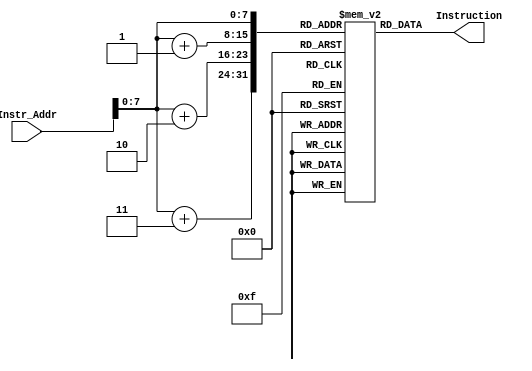
`timescale 1ns / 1ps

module Instruction_Memory(
    input [63:0] Instr_Addr,
    output reg [31:0]Instruction
    );
    reg [7:0] memory[179:0];
    initial
    begin
// BUBBLE SORT
        memory[0] = 8'b00010011;
        memory[1] = 8'b00000101;
        memory[2] = 8'b00000000;
        memory[3] = 8'b00000000; // addi x10 x0 0
        memory[4] = 8'b10010011;
        memory[5] = 8'b00000101;
        memory[6] = 8'b10000000;
        memory[7] = 8'b00000000; // addi x11 x0 8
        memory[8] = 8'b10010011;
        memory[9] = 8'b00001001;
        memory[10] = 8'b00000000;
        memory[11] = 8'b00000000; // addi x19 x0 0
        memory[12] = 8'b10010011;
        memory[13] = 8'b10001010;
        memory[14] = 8'b11110101;
        memory[15] = 8'b11111111; // addi x21 x11 -1
        memory[16] = 8'b00010011; 
        memory[17] = 8'b00001010;
        memory[18] = 8'b00000000;
        memory[19] = 8'b00000000; // addi x20 x0 0 
        memory[20] = 8'b00010011;
        memory[21] = 8'b00000001;
        memory[22] = 8'b10000001;
        memory[23] = 8'b11111110; // addi x2 x2 -24
        memory[24] = 8'b00100011;
        memory[25] = 8'b00111000;
        memory[26] = 8'b00100001;
        memory[27] = 8'b00000001; // sd x18 16(x2)
        memory[28] = 8'b00100011;
        memory[29] = 8'b00110100;
        memory[30] = 8'b10010001;
        memory[31] = 8'b00000000; // sd x9 8(x2)
        memory[32] = 8'b00100011;
        memory[33] = 8'b00110000;
        memory[34] = 8'b10000001;
        memory[35] = 8'b00000000; // sd x8 0(x2)
        memory[36] = 8'b00010011;
        memory[37] = 8'b00010100;
        memory[38] = 8'b00111010;
        memory[39] = 8'b00000000; // slli x8 x20 3
        memory[40] = 8'b00110011;
        memory[41] = 8'b00000100;
        memory[42] = 8'b10100100;
        memory[43] = 8'b00000000; // add x8 x8 x10 
        memory[44] = 8'b10000011;
        memory[45] = 8'b00110100;
        memory[46] = 8'b00000100;
        memory[47] = 8'b00000000; // ld x9 0(x8)
        memory[48] = 8'b00000011;
        memory[49] = 8'b00111001;
        memory[50] = 8'b10000100;
        memory[51] = 8'b00000000; // ld x18 8(x8)
        memory[52] = 8'b01100011;
        memory[53] = 8'b11000110;
        memory[54] = 8'b00100100;
        memory[55] = 8'b00000001; // blt x9 x18 12
        memory[56] = 8'b00100011;
        memory[57] = 8'b00110100;
        memory[58] = 8'b10010100;
        memory[59] = 8'b00000000; // sd x9 8(x8)
        memory[60] = 8'b00100011;
        memory[61] = 8'b00110000;
        memory[62] = 8'b00100100;
        memory[63] = 8'b00000001; // sd x18 0(x8)
        memory[64] = 8'b00000011;
        memory[65] = 8'b00110100;
        memory[66] = 8'b00000001;
        memory[67] = 8'b00000000; // ld x8 0(x2)
        memory[68] = 8'b10000011;
        memory[69] = 8'b00110100;
        memory[70] = 8'b10000001;
        memory[71] = 8'b00000000; // ld x9 8(x2)
        memory[72] = 8'b00000011;
        memory[73] = 8'b00111001;
        memory[74] = 8'b00000001;
        memory[75] = 8'b00000001; // ld x18 16(x2)
        memory[76] = 8'b00010011;
        memory[77] = 8'b00000001;
        memory[78] = 8'b10000001;
        memory[79] = 8'b00000001; // addi x2 x2 24
        memory[80] = 8'b00010011;
        memory[81] = 8'b00001010;
        memory[82] = 8'b00011010;
        memory[83] = 8'b00000000; // addi x20 x20 1
        memory[84] = 8'b11100011;
        memory[85] = 8'b01000000;
        memory[86] = 8'b01011010;
        memory[87] = 8'b11111101; // blt x20 x21 -64
        memory[88] = 8'b10010011;
        memory[89] = 8'b10001001;
        memory[90] = 8'b00011001;
        memory[91] = 8'b00000000; // addi x19 x19 1 
        memory[92] = 8'b11100011;
        memory[93] = 8'b11001010;
        memory[94] = 8'b10111001;
        memory[95] = 8'b11111010; // blt x19 x11 -76
        memory[96] = 8'b0;
        memory[97] = 8'b0;
        memory[98] = 8'b0;
        memory[99] = 8'b0; 
        memory[100] = 8'b0;
        memory[101] = 8'b0;
        memory[102] = 8'b0;
        memory[103] = 8'b0; 
        memory[104] = 8'b0;
        memory[105] = 8'b0;
        memory[106] = 8'b0;
        memory[107] = 8'b0;
        memory[108] = 8'b0;
        memory[109] = 8'b0;
        memory[110] = 8'b0;
        memory[111] = 8'b0;
        memory[112] = 8'b0;
        memory[113] = 8'b0;
        memory[114] = 8'b0;
        memory[115] = 8'b0;
        memory[116] = 8'b0;
        memory[117] = 8'b0;
        memory[118] = 8'b0;
        memory[119] = 8'b0;
        memory[120] = 8'b0;
        memory[121] = 8'b0;
        memory[122] = 8'b0;
        memory[123] = 8'b0;
        memory[124] = 8'b0;
        memory[125] = 8'b0;
        memory[126] = 8'b0;
        memory[127] = 8'b0;
        memory[128] = 8'b0;
        memory[129] = 8'b0;
        memory[130] = 8'b0;
        memory[131] = 8'b0;
        memory[132] = 8'b0;
        memory[133] = 8'b0;
        memory[134] = 8'b0;
        memory[135] = 8'b0;
        memory[136] = 8'b0;
        memory[137] = 8'b0;
        memory[138] = 8'b0;
        memory[139] = 8'b0;
        memory[140] = 8'b0;
        memory[141] = 8'b0;
        memory[142] = 8'b0;
        memory[143] = 8'b0;
        memory[144] = 8'b0;
        memory[145] = 8'b0;
        memory[146] = 8'b0;
        memory[147] = 8'b0;
        memory[148] = 8'b0;
        memory[149] = 8'b0;
        memory[150] = 8'b0;
        memory[151] = 8'b0; 
        memory[152] = 8'b0;
        memory[153] = 8'b0;
        memory[154] = 8'b0;
        memory[155] = 8'b0;
        memory[156] = 8'b0;
        memory[157] = 8'b0;
        memory[158] = 8'b0;
        memory[159] = 8'b0;
        memory[160] = 8'b0;
        memory[161] = 8'b0;
        memory[162] = 8'b0;
        memory[163] = 8'b0;
        memory[164] = 8'b0;
        memory[165] = 8'b0;
        memory[166] = 8'b0;
        memory[167] = 8'b0;
        memory[168] = 8'b0;
        memory[169] = 8'b0;
        memory[170] = 8'b0;
        memory[171] = 8'b0;
        memory[172] = 8'b0;
        memory[173] = 8'b0;
        memory[174] = 8'b0;
        memory[175] = 8'b0;
        memory[176] = 8'b0;
        memory[177] = 8'b0;
        memory[178] = 8'b0;
        memory[179] = 8'b0;
    end
    
    always @*
    begin
        Instruction[31:24] = memory[Instr_Addr+3];
        Instruction[23:16] = memory[Instr_Addr+2];
        Instruction[15:8] = memory[Instr_Addr+1];
        Instruction[7:0] = memory[Instr_Addr];
    end
    
    
endmodule